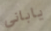
ياباني